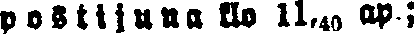
postijuna klo 11,40 ap.;